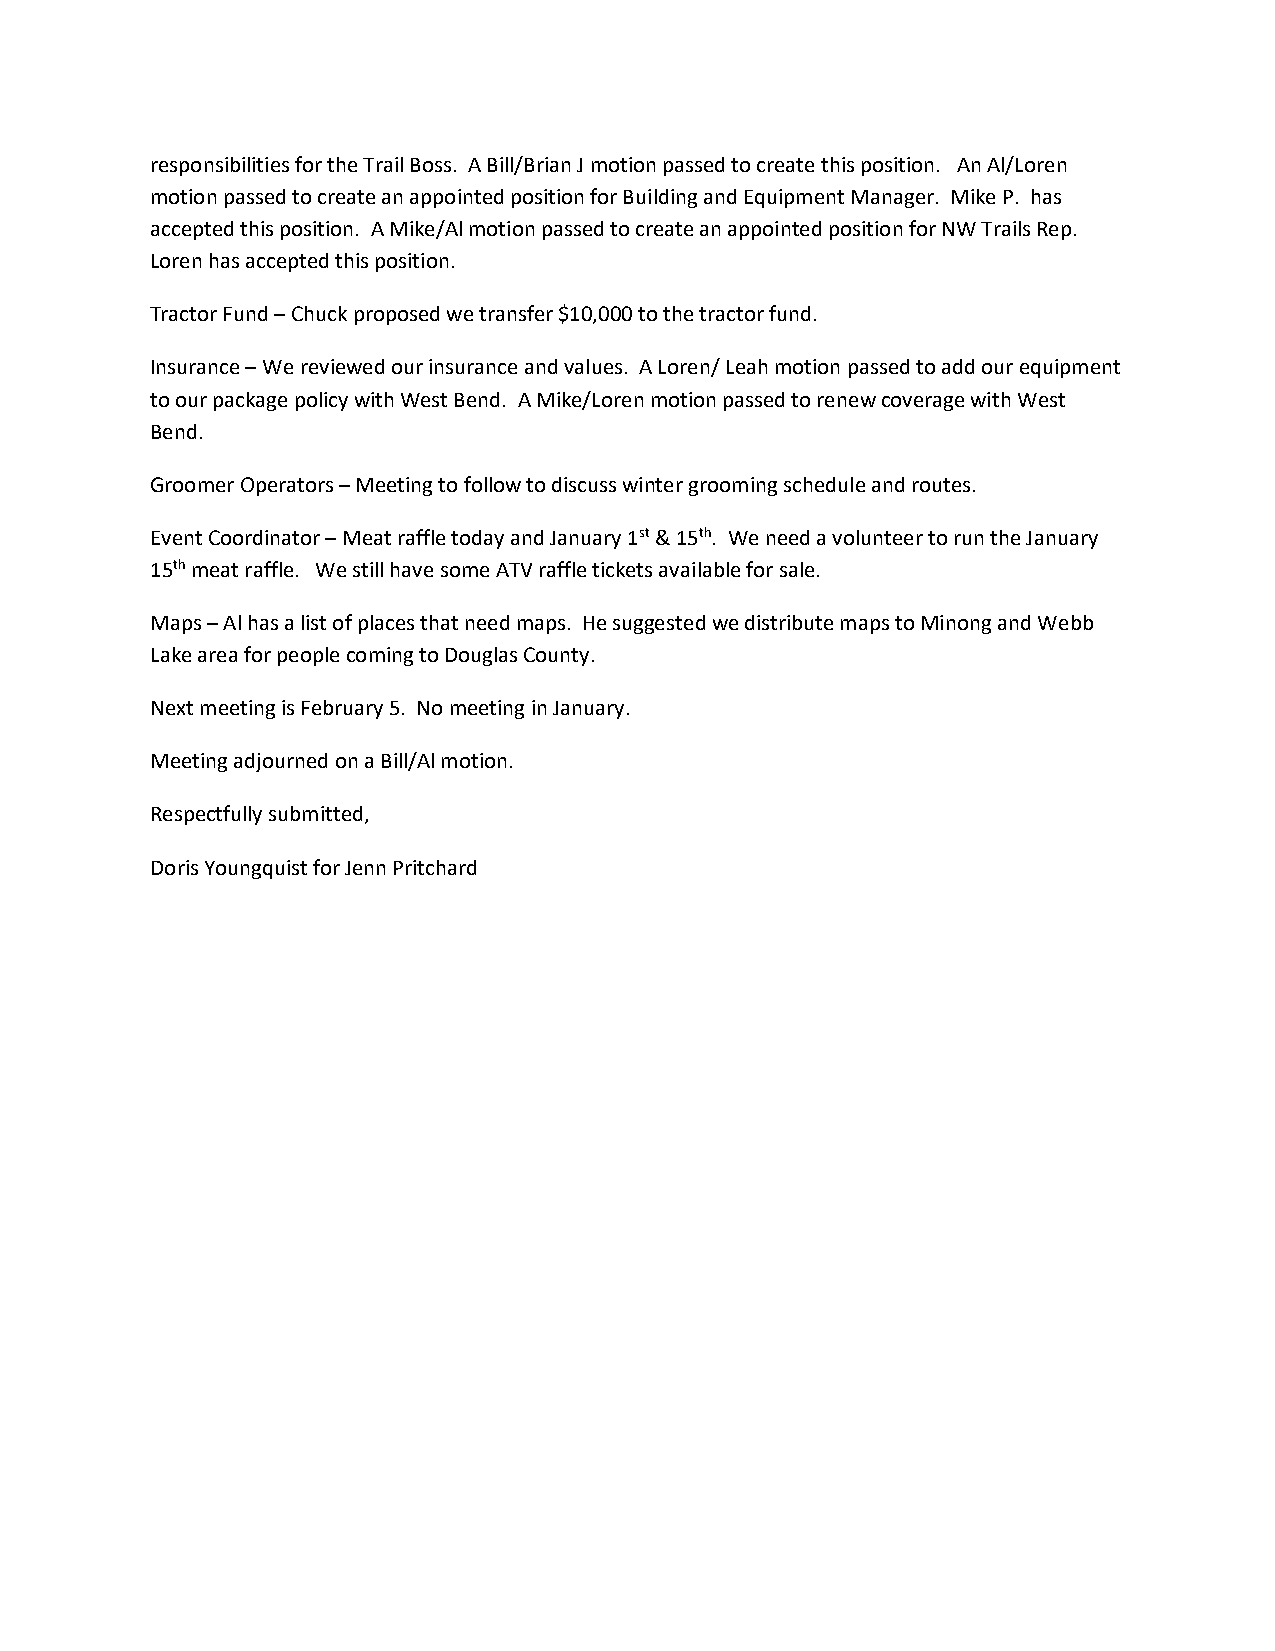
responsibilities for the Trail Boss. A Bill/Brian J motion passed to create this position. An Al/Loren
 motion passed to create an appointed position for Building and Equipment Manager. Mike P. has
 accepted this position. A Mike/Al motion passed to create an appointed position for NW Trails Rep.
 Loren has accepted this position.
 Tractor Fund – Chuck proposed we transfer $10,000 to the tractor fund.
 Insurance – We reviewed our insurance and values. A Loren/ Leah motion passed to add our equipment
 to our package policy with West Bend. A Mike/Loren motion passed to renew coverage with West
 Bend.
 Groomer Operators – Meeting to follow to discuss winter grooming schedule and routes.
 Event Coordinator – Meat raffle today and January 1st & 15th. We need a volunteer to run the January
 15th meat raffle. We still have some ATV raffle tickets available for sale.
 Maps – Al has a list of places that need maps. He suggested we distribute maps to Minong and Webb
 Lake area for people coming to Douglas County.
 Next meeting is February 5. No meeting in January.
 Meeting adjourned on a Bill/Al motion.
 Respectfully submitted,
 Doris Youngquist for Jenn Pritchard